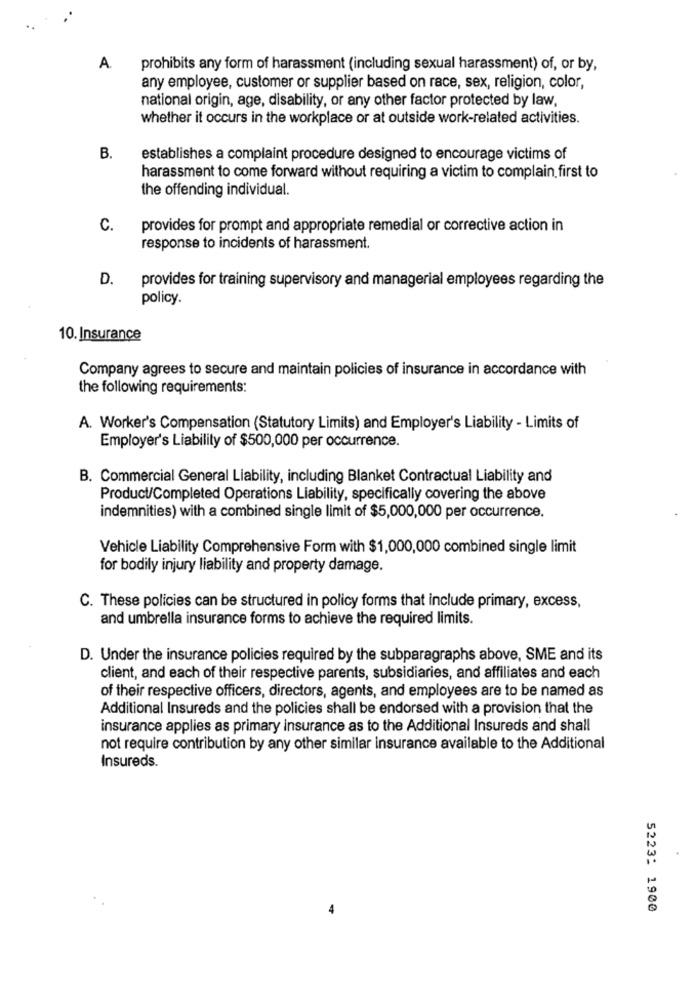
A
prohibits any form of harassment (including sexual harassment) of, or by,
any employee, customer or supplier based on race, sex, religion, color,
national origin, age, disability, or any other factor protected by law,
whether it occurs in the workplace or at outside work-related activities.
B.
establishes a complaint procedure designed to encourage victims of
harassment to come forward without requiring a victim to complain first to
the offending individual.
C.
provides for prompt and appropriate remedial or corrective action in
response to incidents of harassment.
D.
provides for training supervisory and managerial employees regarding the
policy
10. Insurance
Company agrees to secure and maintain policies of insurance in accordance with
the following requirements:
A. Worker's Compensation (Statutory Limits) and Employer's Liability - Limits of
Employer's Liability of $500,000 per occurrence.
B. Commercial General Liability, including Blanket Contractual Liability and
Product/Completed Operations Liability, specifically covering the above
indemnities) with a combined single limit of $5,000,000 per occurrence.
Vehicle Liability Comprehensive Form with $1,000,000 combined single limit
for bodily injury liability and property damage.
C. These policies can be structured in policy forms that include primary, excess,
and umbrella insurance forms to achieve the required limits.
D. Under the insurance policies required by the subparagraphs above, SME and its
client, and each of their respective parents, subsidiaries, and affiliates and each
of their respective officers, directors, agents, and employees are to be named as
Additional Insureds and the policies shall be endorsed with a provision that the
insurance applies as primary insurance as to the Additional Insureds and shall
not require contribution by any other similar insurance available to the Additional
Insureds.
5223: 1900